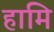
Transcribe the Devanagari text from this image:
हामि